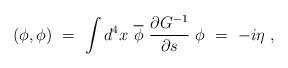
LaTeX: \begin{align*}(\phi,\phi)\ =\ \int d^4x\ \overline \phi\ \frac{\partial G^{-1}}{\partial s}\ \phi\ =\ -i\eta\ ,\end{align*}